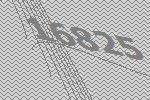
16825